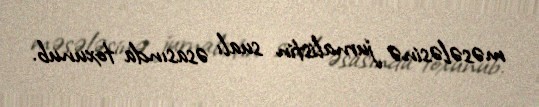
məsələsinə jurnalistin sualı əsasında toxunub.